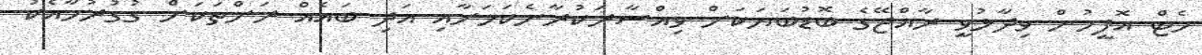
މެޓް އޮފީހުން ވިދާޅުވީ ރާއްޖޭގެ ބޮޑުބަޔަކަށް ވިއްސާރަކުރާނެކަމަށާއި އަދި ބައެއް ރަށްތަކަށް ގުގުރުމާއެކު